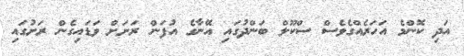
އަދި ކޮންމެ އަހަރެއްގެވެސް ސްކޫލް ބަންދުގައި އޭނާގެ އުފަން ރަށަށް ވަޑައިގެން ރަށުގައި